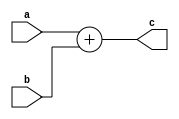
module adder(a,b,c); //DUT code start 
input [15:0] a; 
input [15:0] b; 
output [16:0] c; 

assign c = a + b; 

endmodule //DUT code end 

module top(); //TestBench code start 
reg [15:0] a; 
reg [15:0] b; 
wire [16:0] c; 

adder DUT(a,b,c); //DUT Instantiation 

initial 
begin 
a = 16'h45; //apply the stimulus 
b = 16'h12; 
#10 $display(" a=%0d,b=%0d,c=%0d",a,b,c); 
//send the output to terminal for visual inspection 
end 
endmodule //TestBench code end